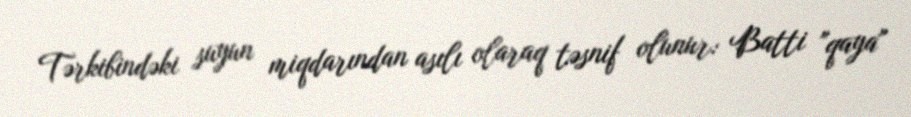
Tərkibindəki suyun miqdarından asılı olaraq təsnif olunur: Batti "qaya"